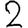
Digit: 2